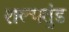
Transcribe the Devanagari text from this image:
शल्यतुंड